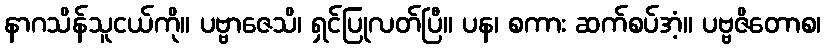
နာဂသိန်သူငယ်ကို။ ပဗ္ဗာဇေသိ၊ ရှင်ပြုလတ်ပြီ။ ပန၊ စကား ဆက်စပ်အံ့။ ပဗ္ဗဇိတောစ၊